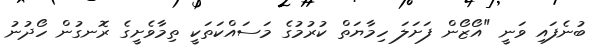
ބުނެފައި ވަނީ "އޯޒޯން ފަށަލަ ހިމާޔަތް ކުުރުމުުގެ މަސައްކަތަކީ ތިމާވެށީގެ ރޮނގުން ހޯދުނު